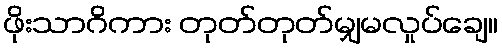
ဖိုးသာဂိကား တုတ်တုတ်မျှမလှုပ်ချေ။